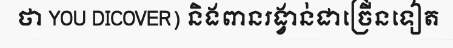
ថា YOU DICOVER) និងពានរង្វាន់ជាច្រើនទៀត